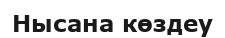
Нысана көздеу